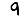
Digit: 9